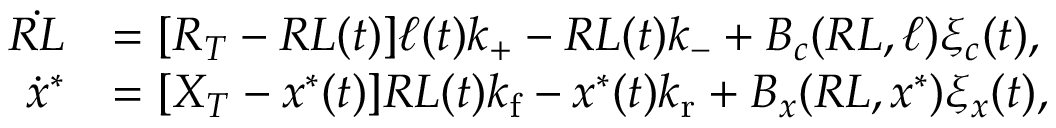
\begin{array} { r l } { \dot { R L } } & { = [ R _ { T } - R L ( t ) ] \ell ( t ) k _ { + } - R L ( t ) k _ { - } + B _ { c } ( R L , \ell ) \xi _ { c } ( t ) , } \\ { \dot { x } ^ { * } } & { = [ X _ { T } - x ^ { * } ( t ) ] R L ( t ) { k _ { \mathrm { f } } } - x ^ { * } ( t ) { k _ { \mathrm { r } } } + B _ { x } ( R L , x ^ { \ast } ) \xi _ { x } ( t ) , } \end{array}